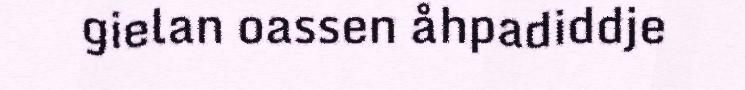
gielan oassen åhpadiddje